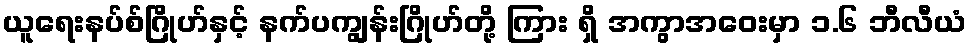
ယူရေးနပ်စ်ဂြိုဟ်နှင့် နက်ပကျွန်းဂြိုဟ်တို့ ကြား ရှိ အကွာအဝေးမှာ ၁.၆ ဘီလီယံ